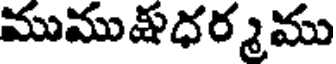
ముముషధర్మము